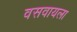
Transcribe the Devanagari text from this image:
वसवायला